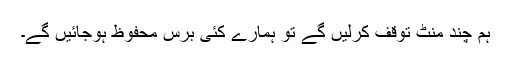
ہم چند منٹ توقف کرلیں گے تو ہمارے کئی برس محفوظ ہوجائیں گے۔